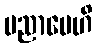
ပညာပေဟိ